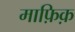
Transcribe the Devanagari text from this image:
माफ़िक़